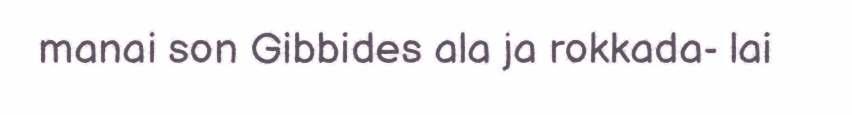
manai son Gibbides ala ja rokkada- lai